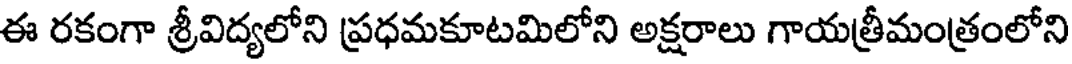
ఈ రకంగా శ్రీవిద్యలోని ప్రధమకూటమిలోని అక్షరాలు గాయత్రీమంత్రంలోని